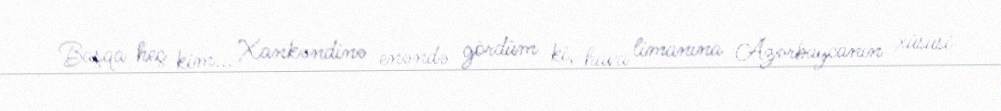
Başqa heç kim... Xankəndinə enəndə gördüm ki, hava limanına Azərbaycanın xüsusi